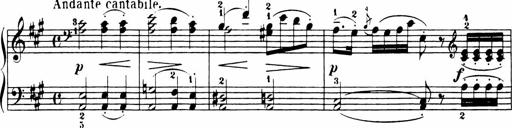
Title: 11 Sonatinas for Piano Solo
Composer: Anton Diabelli